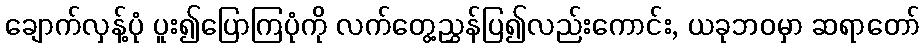
ချောက်လှန့်ပုံ ပူး၍ပြောကြပုံကို လက်တွေ့ညွှန်ပြ၍လည်းကောင်း, ယခုဘဝမှာ ဆရာတော်